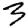
Digit: 3